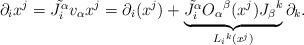
\begin{align*}\partial _{i} x^{j} = \tilde{J_{i}^{\alpha }} v_{\alpha } x^{j} = \partial_{i}(x^{j}) +\underbrace{\tilde{J_{i}^{\alpha }} O_{\alpha }{}^{\beta }(x^{j})J_{\beta }{}^{k}}_{L_{i}{}^{k}(x^{j})} \partial _{k}. \end{align*}